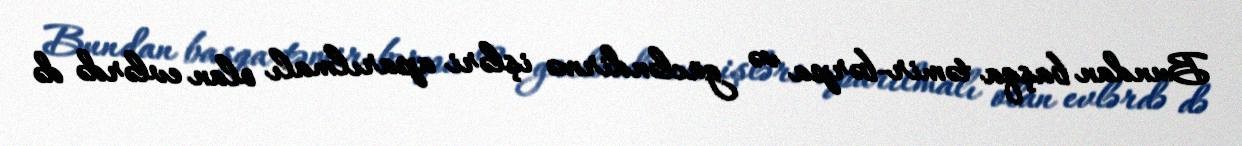
Bundan başqa təmir-bərpa və gücləndirmə işləri aparılmalı olan evlərdə də